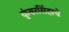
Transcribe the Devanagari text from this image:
कुंवरसिंहाचे